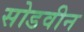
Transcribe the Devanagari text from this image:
सोडवीन